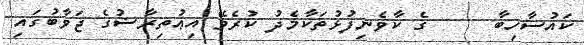
ކައުސާހިބާ     ގެ ކާވެނިފުޅުތަކާމެދު ކުރެވޭ އިޢުތިރާޟުގެ ޖަވާބުގައި